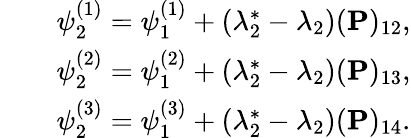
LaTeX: \begin{array}{rlr}&{}&{\psi_{2}^{(1)}=\psi_{1}^{(1)}+(\lambda_{2}^{*}-\lambda_{2})(\mathbf{P})_{12},}\\ &{}&{\psi_{2}^{(2)}=\psi_{1}^{(2)}+(\lambda_{2}^{*}-\lambda_{2})(\mathbf{P})_{13},}\\ &{}&{\psi_{2}^{(3)}=\psi_{1}^{(3)}+(\lambda_{2}^{*}-\lambda_{2})(\mathbf{P})_{14}.}\end{array}